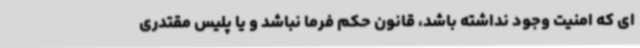
ای که امنیت وجود نداشته باشد، قانون حکم فرما نباشد و یا پلیس مقتدری